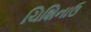
ચિશિનાઉ